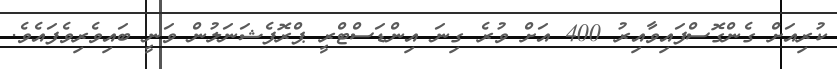
ކުރިއަށް ގެންގޮސްފައިވާއިރު 400 އަށް ވުރެ ގިނަ އިންޑަސްޓްރީ ޕްރޮފެޝަނަލުން ވަނީ ބައިވެރިވެފައެވެ.